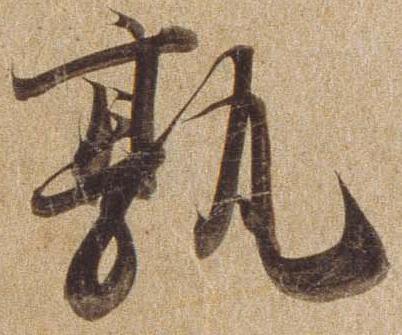
孰